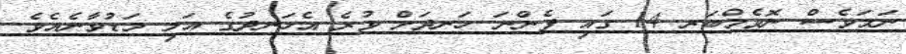
ނަމަވެސް ނޮވެމްބަރ 14 ގައި ފެންނަ ހަނދަށް ވުރެ އެހަނދުގެ އަލި މަޑުވާނެއެވެ.